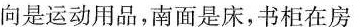
向是运动用品，南面是床，书柜在房